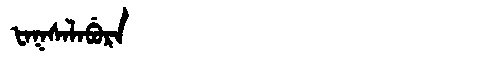
Manchu: ᡶᠠᡴᠰᠠᠯᠠᠪᡠᡵᠠ
Romanization: FAKSALABURA